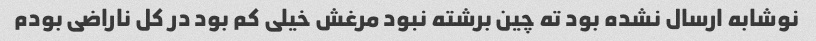
نوشابه ارسال نشده بود ته چین برشته نبود مرغش خیلی کم بود در کل ناراضی بودم